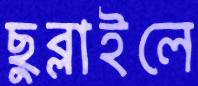
ছুব্‌লাইলে